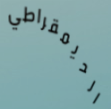
الديمقراطي